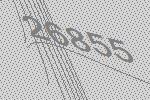
26855